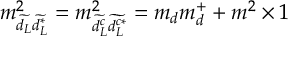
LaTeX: m _ { \widetilde { d _ { L } } \widetilde { d _ { L } ^ { * } } } ^ { 2 } = m _ { \widetilde { d _ { L } ^ { c } } \widetilde { d _ { L } ^ { c * } } } ^ { 2 } = m _ { d } m _ { d } ^ { + } + m ^ { 2 } \times 1